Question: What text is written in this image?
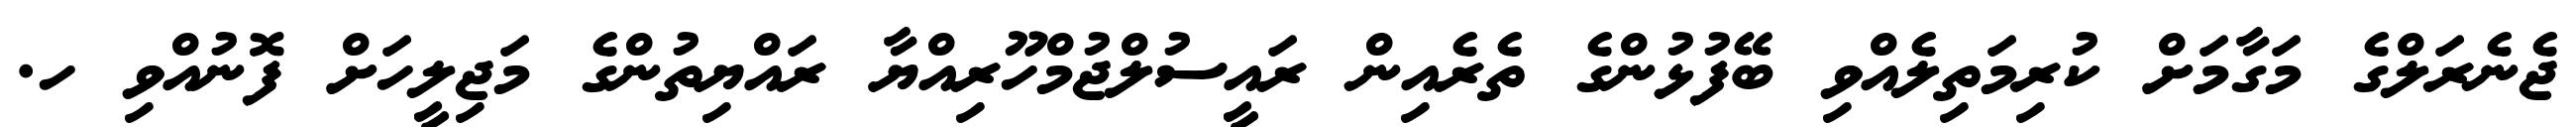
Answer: ޖެނެރަލްގެ މަގާމަށް ކުރިމަތިލެއްވި ބޭފުޅުންގެ ތެރެއިން ރައީސުލްޖުމްހޫރިއްޔާ ރައްޔިތުންގެ މަޖިލީހަށް ފޮނުއްވި ހ.